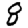
Digit: 8